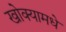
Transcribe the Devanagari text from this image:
खोक्यामधे